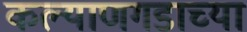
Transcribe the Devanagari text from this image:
कल्याणगडाच्या